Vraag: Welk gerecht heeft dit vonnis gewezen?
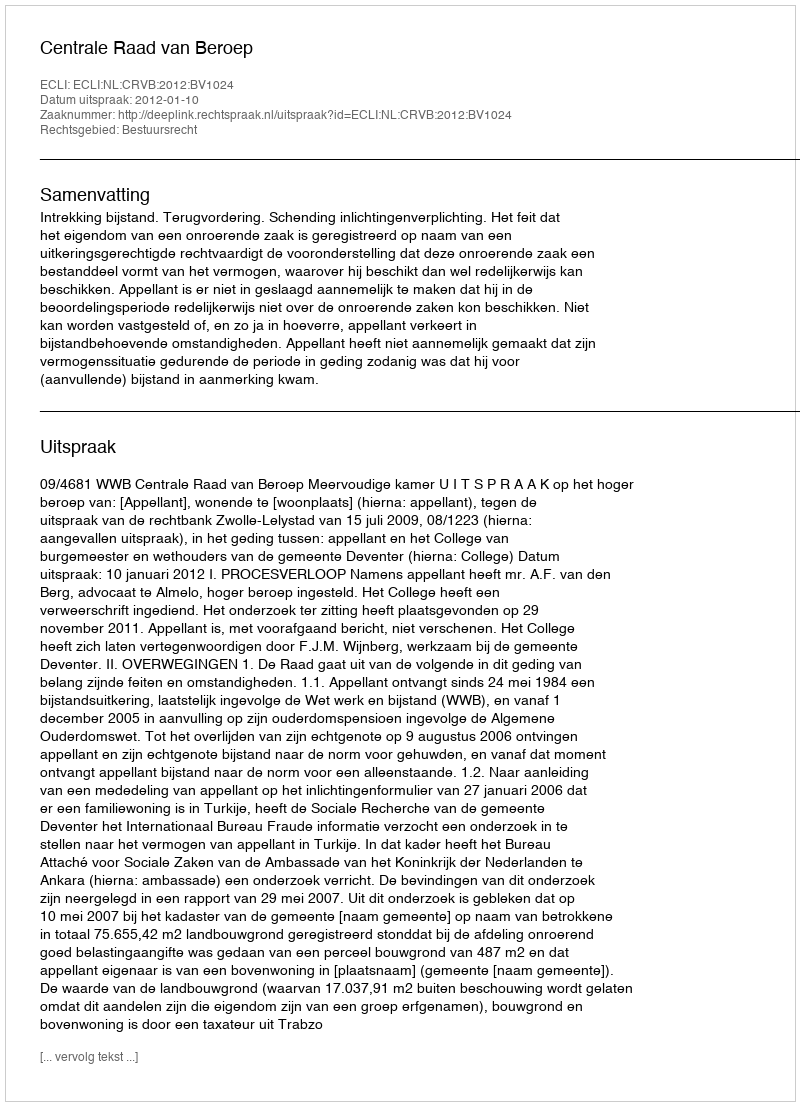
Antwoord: Centrale Raad van Beroep